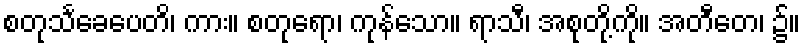
စတုသင်္ခေပေတိ၊ ကား။ စတုရော၊ ကုန်သော။ ရာသီ၊ အစုတို့ကို။ အတီတေ၊ ၌။